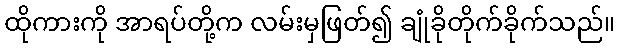
ထိုကားကို အာရပ်တို့က လမ်းမှဖြတ်၍ ချုံခိုတိုက်ခိုက်သည်။